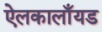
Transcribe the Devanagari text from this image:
ऐलकालाँयड